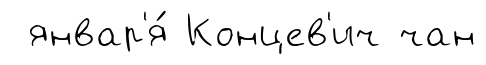
январ'я́ Концев'ич чан